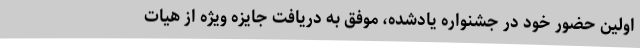
اولین حضور خود در جشنواره یادشده، موفق به دریافت جایزه ویژه از هیات